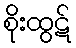
စိုးထွဋ်